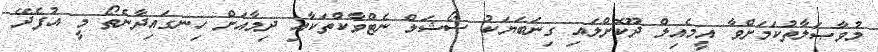
މުވާޞަލާތުކަމަށްވާ އީމެއިލް ދޫކޮށްލައި ގިނަބަޔަކު ސޯޝަލް ނެޓްވާކްތަކާއި ދިމާއަށް ހިނގައިދާނެތޯ މީ އުފެދޭ